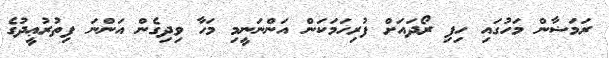
ރަމަޟާން މަހުގައި ހިފި ރޯދައަށް ފުރިހަމަކަން އަންނަނީމި މަހާ ވިދިގެން އަންނަ ފިތުރުޢީދުގެ